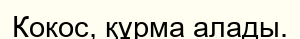
Кокос, құрма алады.